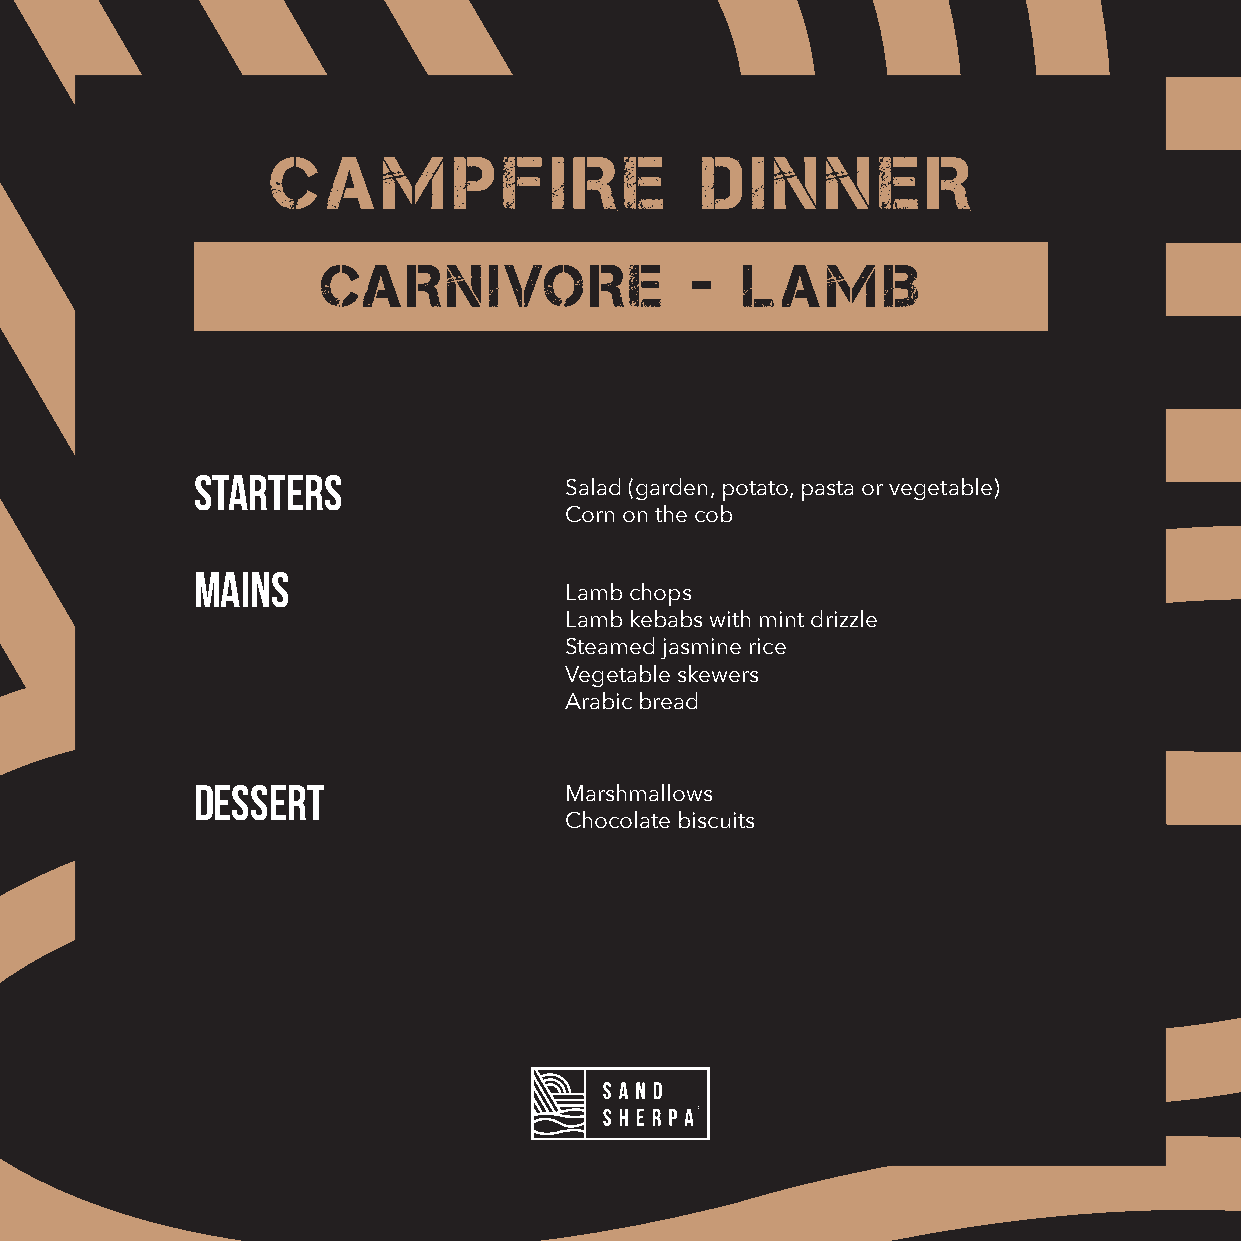
C   A  M    P  F   I R E    D   I N  N  E  R
 CARNIVORE                -  LAMB
 STARTERS
 Salad (garden, potato, pasta or vegetable)
 Corn on the cob
 MAINS
 Lamb chops
 Lamb kebabs with mint drizzle
 Steamed jasmine rice
 Vegetable skewers
 Arabic bread
 DESSERT
 Marshmallows
 Chocolate biscuits